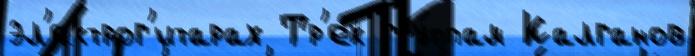
эл'ектрог'итарах Тр'ек гру́ппам Калганов